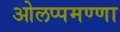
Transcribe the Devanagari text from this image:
ओलप्पमण्णा